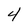
Character: 4